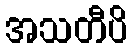
အသတီပိ